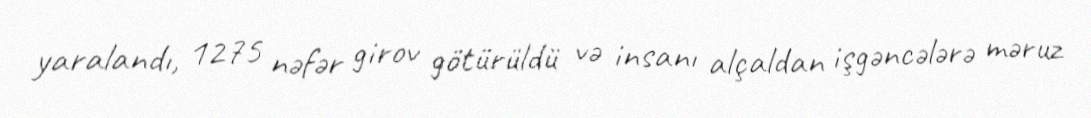
yaralandı, 1275 nəfər girov götürüldü və insanı alçaldan işgəncələrə məruz